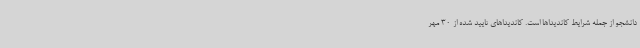
دانشجو از جمله شرایط کاندیداها است. کاندیداهای تایید شده از 30 مهر